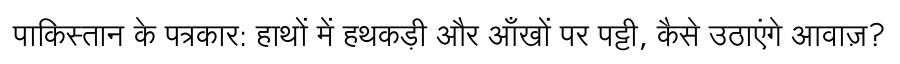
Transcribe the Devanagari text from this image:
पाकिस्तान के पत्रकार: हाथों में हथकड़ी और आँखों पर पट्टी, कैसे उठाएंगे आवाज़?